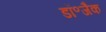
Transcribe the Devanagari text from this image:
डॉ॰जैक